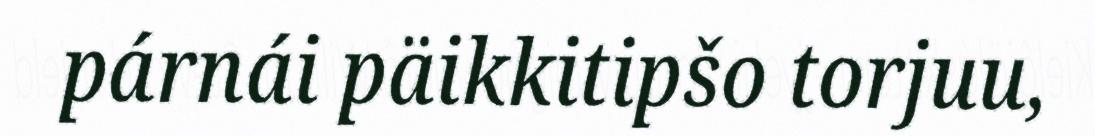
párnái päikkitipšo torjuu,